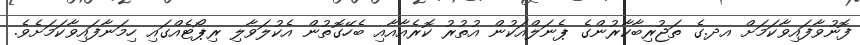
ފޮނުވާފައިވާކަމަށް އދ.ގެ ތަޖުރިބާކާރުންގެ ޕެނަލްއަކުން އުތުރު ކޮރެއާއާއި ބެހޭގޮތުން އެކުލަވާލި ރިޕޯޓެއްގައި ހިމަނާފައިވާކަމަށެވެ.